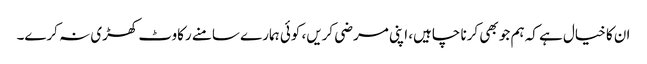
ان کا خیال ہے کہ ہم جو بھی کرنا چاہیں، اپنی مرضی کریں، کوئی ہمارے سامنے رکاوٹ کھڑی نہ کرے۔